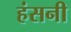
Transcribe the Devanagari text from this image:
हंसनी